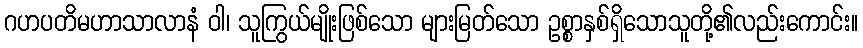
ဂဟပတိမဟာသာလာနံ ဝါ၊ သူကြွယ်မျိုးဖြစ်သော များမြတ်သော ဥစ္စာနှစ်ရှိသောသူတို့၏လည်းကောင်း။